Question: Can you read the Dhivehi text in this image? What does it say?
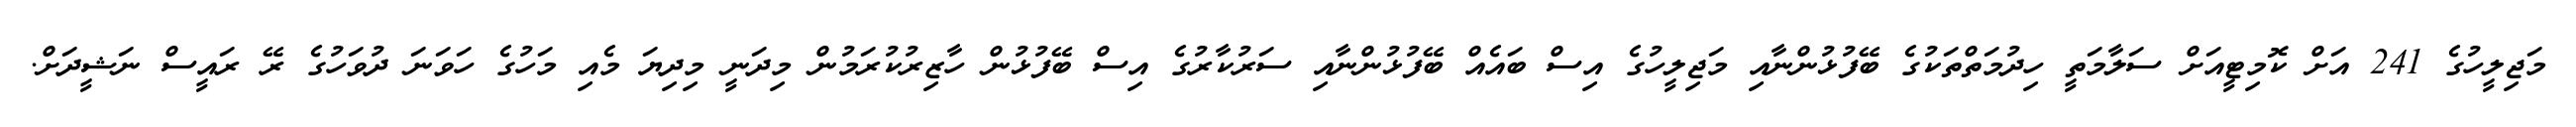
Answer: މަޖިލީހުގެ 241 އަށް ކޮމިޓީއަށް ސަލާމަތީ ހިދުމަތްތަކުގެ ބޭފުޅުންނާއި މަޖިލީހުގެ އިސް ބައެއް ބޭފުޅުންނާއި ސަރުކާރުގެ އިސް ބޭފުޅުން ހާޒިރުކުރަމުން މިދަނީ މިދިޔަ މެއި މަހުގެ ހަވަނަ ދުވަހުގެ ރޭ ރައީސް ނަޝީދަށް.